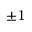
\pm 1